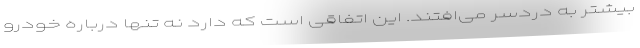
بیشتر به دردسر می‌افتند. این اتفاقی است که دارد نه تنها درباره خودرو